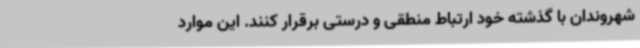
شهروندان با گذشته خود ارتباط منطقی و درستی برقرار کنند. این موارد